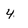
Character: 4